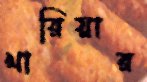
খারিয়ার